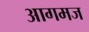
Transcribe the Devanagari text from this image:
आगमज